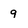
Character: 9